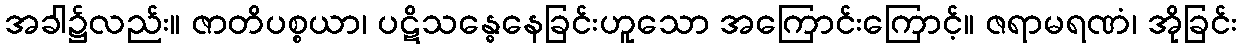
အခါ၌လည်း။ ဇာတိပစ္စယာ၊ ပဋိသန္ဓေနေခြင်းဟူသော အကြောင်းကြောင့်။ ဇရာမရဏံ၊ အိုခြင်း